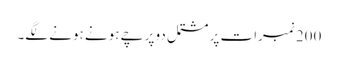
200 نمبرات پر مشتمل دو پرچے ہونے ہونے لگے۔